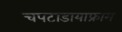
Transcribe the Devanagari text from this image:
चपटाडायाफ्राम